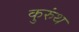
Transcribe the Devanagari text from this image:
कुरुंथ